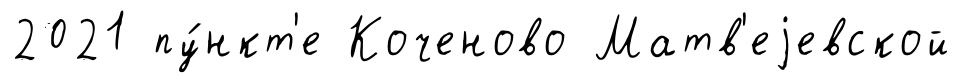
2021 пу́нкт'е Коченово Матв'еjевской